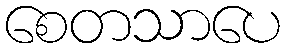
စေတသာပေ